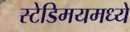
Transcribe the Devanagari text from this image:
स्टेडिमयमध्ये